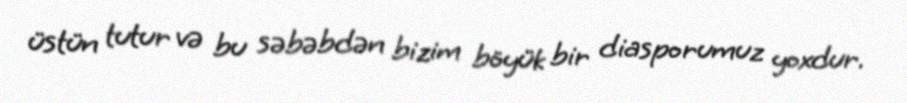
üstün tutur və bu səbəbdən bizim böyük bir diasporumuz yoxdur.